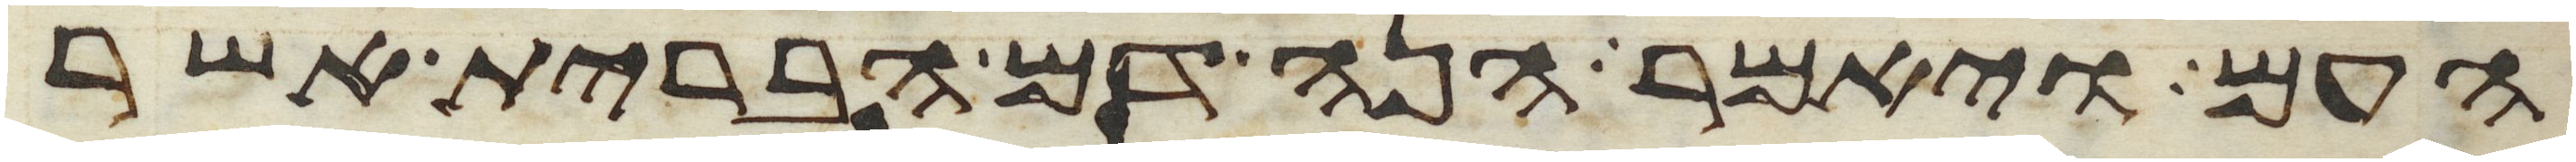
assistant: העם ויאמר הנה דם הברית אשר